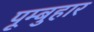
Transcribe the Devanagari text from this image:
पूम्बुहार